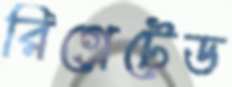
রিগ্রেটেড